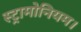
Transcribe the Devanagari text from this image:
स्ट्रामोनियम।